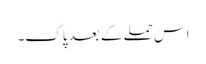
اس حملے کے بعد پاک۔